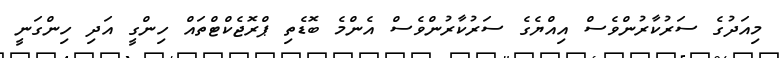
މިއަދުގެ ސަރުކާރުންވެސް އިއްޔެގެ ސަރުކާރުންވެސް އެންމެ ބޮޑެތި ޕްރޮޖެކްޓްތައް ހިންގީ އަދި ހިންގަނީ